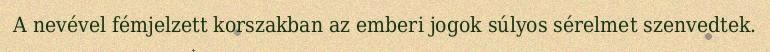
A nevével fémjelzett korszakban az emberi jogok súlyos sérelmet szenvedtek.